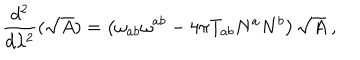
\frac { d ^ { 2 } } { d \lambda ^ { 2 } } ( \sqrt { A } ) = \left( \omega _ { a b } \omega ^ { a b } - 4 \pi T _ { a b } N ^ { a } N ^ { b } \right) \sqrt { A } \ ,